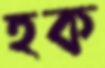
হক